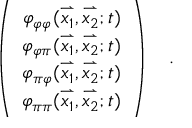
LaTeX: \left( \begin{array} { c c } { { \varphi _ { \varphi \varphi } } } & { { \hskip - 2 \arraycolsep ( \stackrel { \rightharpoonup } { x _ { 1 } } , \stackrel { \rightharpoonup } { x _ { 2 } } ; t ) } } \\ { { \varphi _ { \varphi \pi } } } & { { \hskip - 2 \arraycolsep ( \stackrel { \rightharpoonup } { x _ { 1 } } , \stackrel { \rightharpoonup } { x _ { 2 } } ; t ) } } \\ { { \varphi _ { \pi \varphi } } } & { { \hskip - 2 \arraycolsep ( \stackrel { \rightharpoonup } { x _ { 1 } } , \stackrel { \rightharpoonup } { x _ { 2 } } ; t ) } } \\ { { \varphi _ { \pi \pi } } } & { { \hskip - 2 \arraycolsep ( \stackrel { \rightharpoonup } { x _ { 1 } } , \stackrel { \rightharpoonup } { x _ { 2 } } ; t ) } } \end{array} \right) \ \ \ .